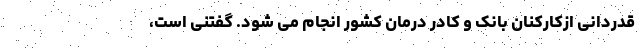
قدردانی ازکارکنان بانک و کادر درمان کشور انجام می شود. گفتنی است،